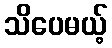
သိပေမယ့်